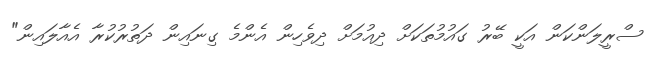
ސްރީލަންކަން އަކީ ބޭރު ގައުމުތަކަށް ދިއުމަށް ދިވެހިން އެންމެ ގިނައިން ދަތުރުކުރާ އެއާލައިން"